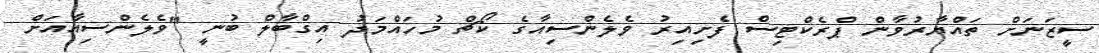
ސީޒަނަށް ތައްޔާރުވާން ޕްރެކްޓިސް ފެށިއިރު ވެލެންސިއާގެ ކޯޗް މުހައްމަދު އިގްބާލް ބުނީ "ވެލެންސިއާއަށް